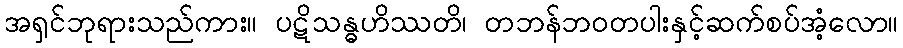
အရှင်ဘုရားသည်ကား။ ပဋိသန္ဓဟိဿတိ၊ တဘန်ဘဝတပါးနှင့်ဆက်စပ်အံ့လော။